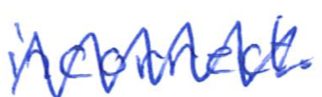
Text: incorrect.
Cross-out: zig-zag
Writing tool: ballpoint